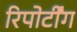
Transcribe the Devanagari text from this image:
रिपोर्टींग